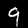
Label: 9